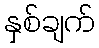
နှစ်ချက်